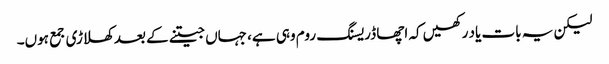
لیکن یہ بات یاد رکھیں کہ اچھا ڈریسنگ روم وہی ہے، جہاں جیتنے کے بعد کھلاڑی جمع ہوں۔